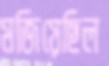
মজিয়েছিল